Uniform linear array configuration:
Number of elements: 24
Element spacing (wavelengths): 0.75
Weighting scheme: blackman
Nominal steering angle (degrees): -30
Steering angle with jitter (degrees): -30.469
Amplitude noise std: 0.05
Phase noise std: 0.05

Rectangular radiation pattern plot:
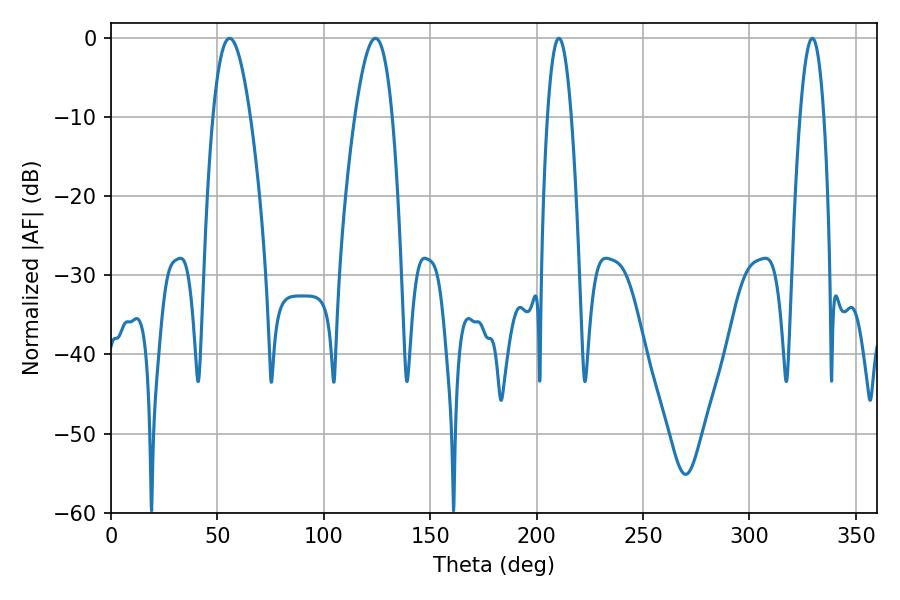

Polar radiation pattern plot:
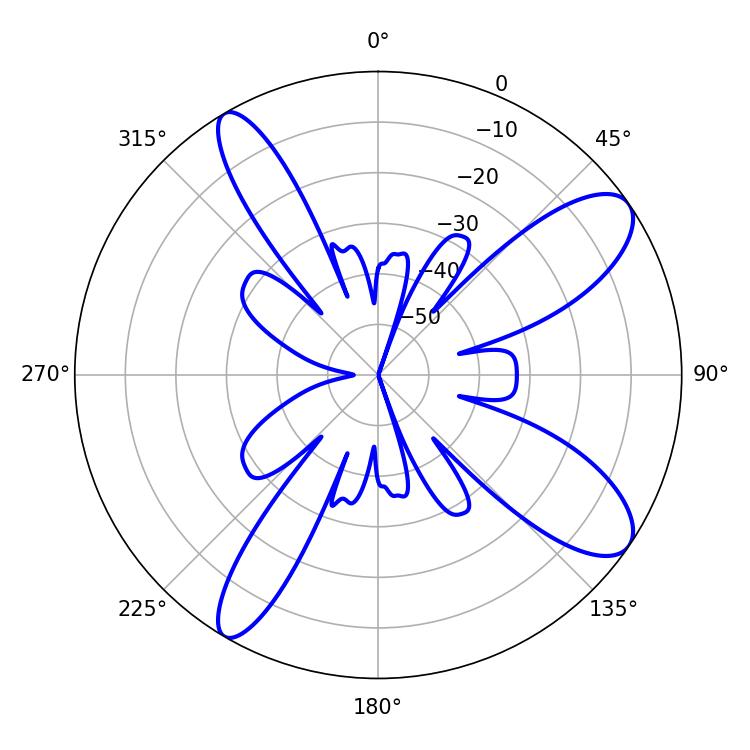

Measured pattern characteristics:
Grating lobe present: TRUE
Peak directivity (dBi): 10.419
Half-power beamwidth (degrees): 6.3
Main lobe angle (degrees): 210.42